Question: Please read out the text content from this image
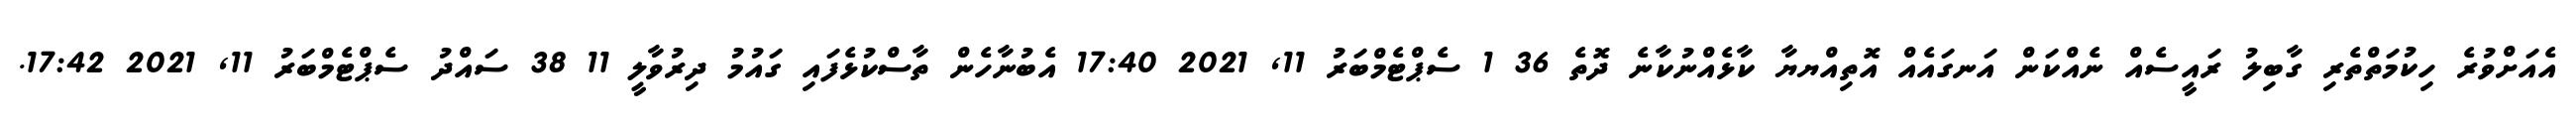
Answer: އެއަށްވުރެ ހިކުމަތްތެރި ގާބިލު ރައީސެއް ނެއްކަން އަނގައެއް އޮތިއްޔޔާ ކާޅެއްނުކާނެ ދޮތެ 36 1 ސެޕްޓެމްބަރު 11, 2021 17:40 އެބުނާހެން ތާސްކުޅެފައި ގައުމު ދިރުވާލީ 11 38 ސައްދު ސެޕްޓެމްބަރު 11, 2021 17:42.